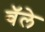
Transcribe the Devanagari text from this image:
वॅले